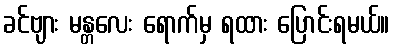
ခင်ဗျား မန္တလေး ရောက်မှ ရထား ပြောင်းရမယ်။